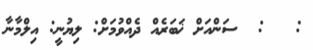
:   :  ސަންއަށް ޚަބަރެއް ދެއްވުމަށް: ލިޔުނީ: އިލްމާނާ